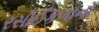
રસોઈકળાનો